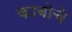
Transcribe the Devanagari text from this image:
काबोचे